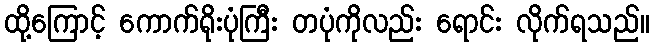
ထို့ကြောင့် ကောက်ရိုးပုံကြီး တပုံကိုလည်း ရောင်း လိုက်ရသည်။